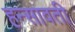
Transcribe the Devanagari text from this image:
हन्सावती